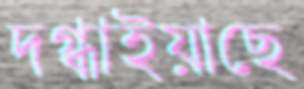
দগ্ধাইয়াছে